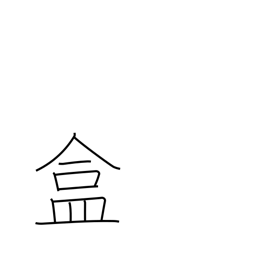
Meaning: covered utensil